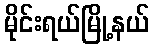
မိုင်းရယ်မြို့နယ်